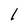
Character: l